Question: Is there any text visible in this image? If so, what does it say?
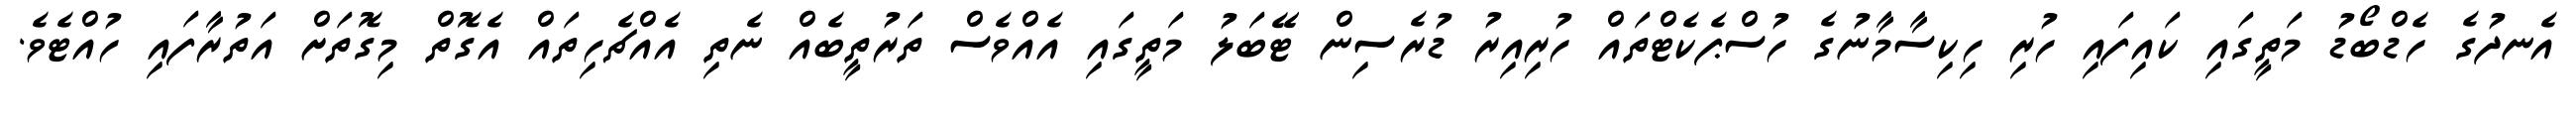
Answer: އެނދުގެ ހެޑްބޯޑު މަތީގައި ކައިފައި ހުރި ހިކިސާމާނުގެ ހުސްޕެކެޓްތައް ހުރިއިރު ޑުރެސިން ޓޭބަލު މަތީގައި އެއްވެސް ތަރުތީބެއް ނެތި އެއްޗެހިތައް އެގޮތް މިގޮތަށް އަތުރާފައި ހުއްޓެވެ.